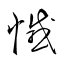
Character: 憾